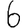
Digit: 6